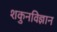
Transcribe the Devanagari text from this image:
शकुनविज्ञान